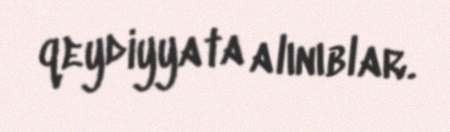
qeydiyyata alınıblar.